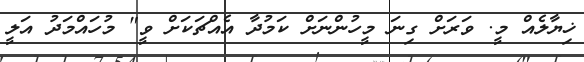
ޚިޔާލެއް މީ. ވަރަށް ގިނަ މީހުންނަށް ކަމުދާ އެއްޗަކަށް ވީ" މުހައްމަދު އަލީ